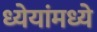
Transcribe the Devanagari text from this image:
ध्येयांमध्ये